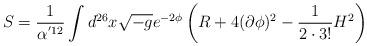
LaTeX: \begin{align*}S=\frac{1}{\alpha^{'12}}\int d^{26}x \sqrt{-g} e^{-2\phi}\left(R+4(\partial\phi)^2 - \frac{1}{2\cdot 3!} H^2 \right)\end{align*}